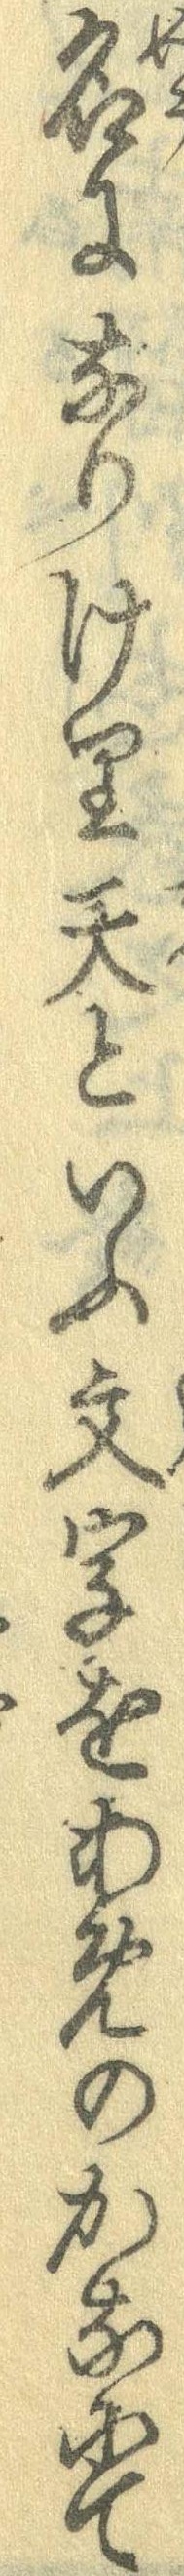
名になりけり天といふ文字をあめのかなにて